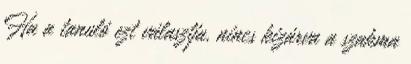
Ha a tanuló ezt választja, nincs kizárva a szakma